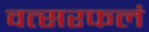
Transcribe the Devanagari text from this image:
वत्सरफलं